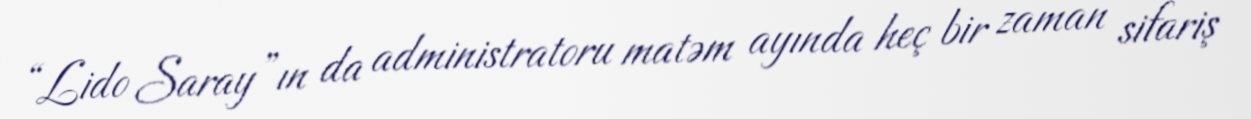
“Lido Saray”ın da administratoru matəm ayında heç bir zaman sifariş